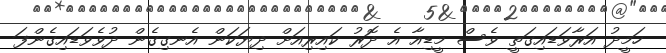
ހަމީދު އަރާވަޑައިގަތީ ވެސް މީޑިއާ އެ ދޮރު ކައިރިއަށް ދިޔަކަން އެނގިގެން ދުވެވަޑައިގެންފަ